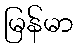
မြန်မာ